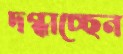
দগ্ধাচ্ছেন